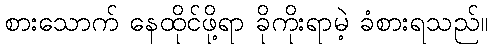
စားသောက် နေထိုင်ဖို့ရာ ခိုကိုးရာမဲ့ ခံစားရသည်။